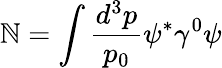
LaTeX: \mathbb{N}=\int\frac{{d^{3}p}}{{p_{0}}}\psi^{*}\gamma^{0}\psi